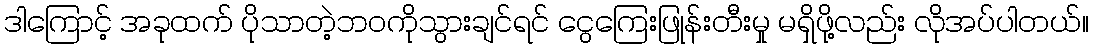
ဒါကြောင့် အခုထက် ပိုသာတဲ့ဘဝကိုသွားချင်ရင် ငွေကြေးဖြုန်းတီးမှု မရှိဖို့လည်း လိုအပ်ပါတယ်။